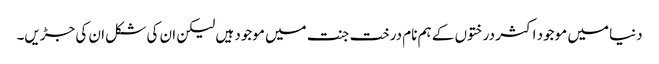
دنیا میں موجود اکثر درختوں کے ہم نام درخت جنت میں موجود ہیں لیکن ان کی شکل ان کی جڑیں۔